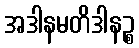
အဒါနမတိဒါနဉ္စ